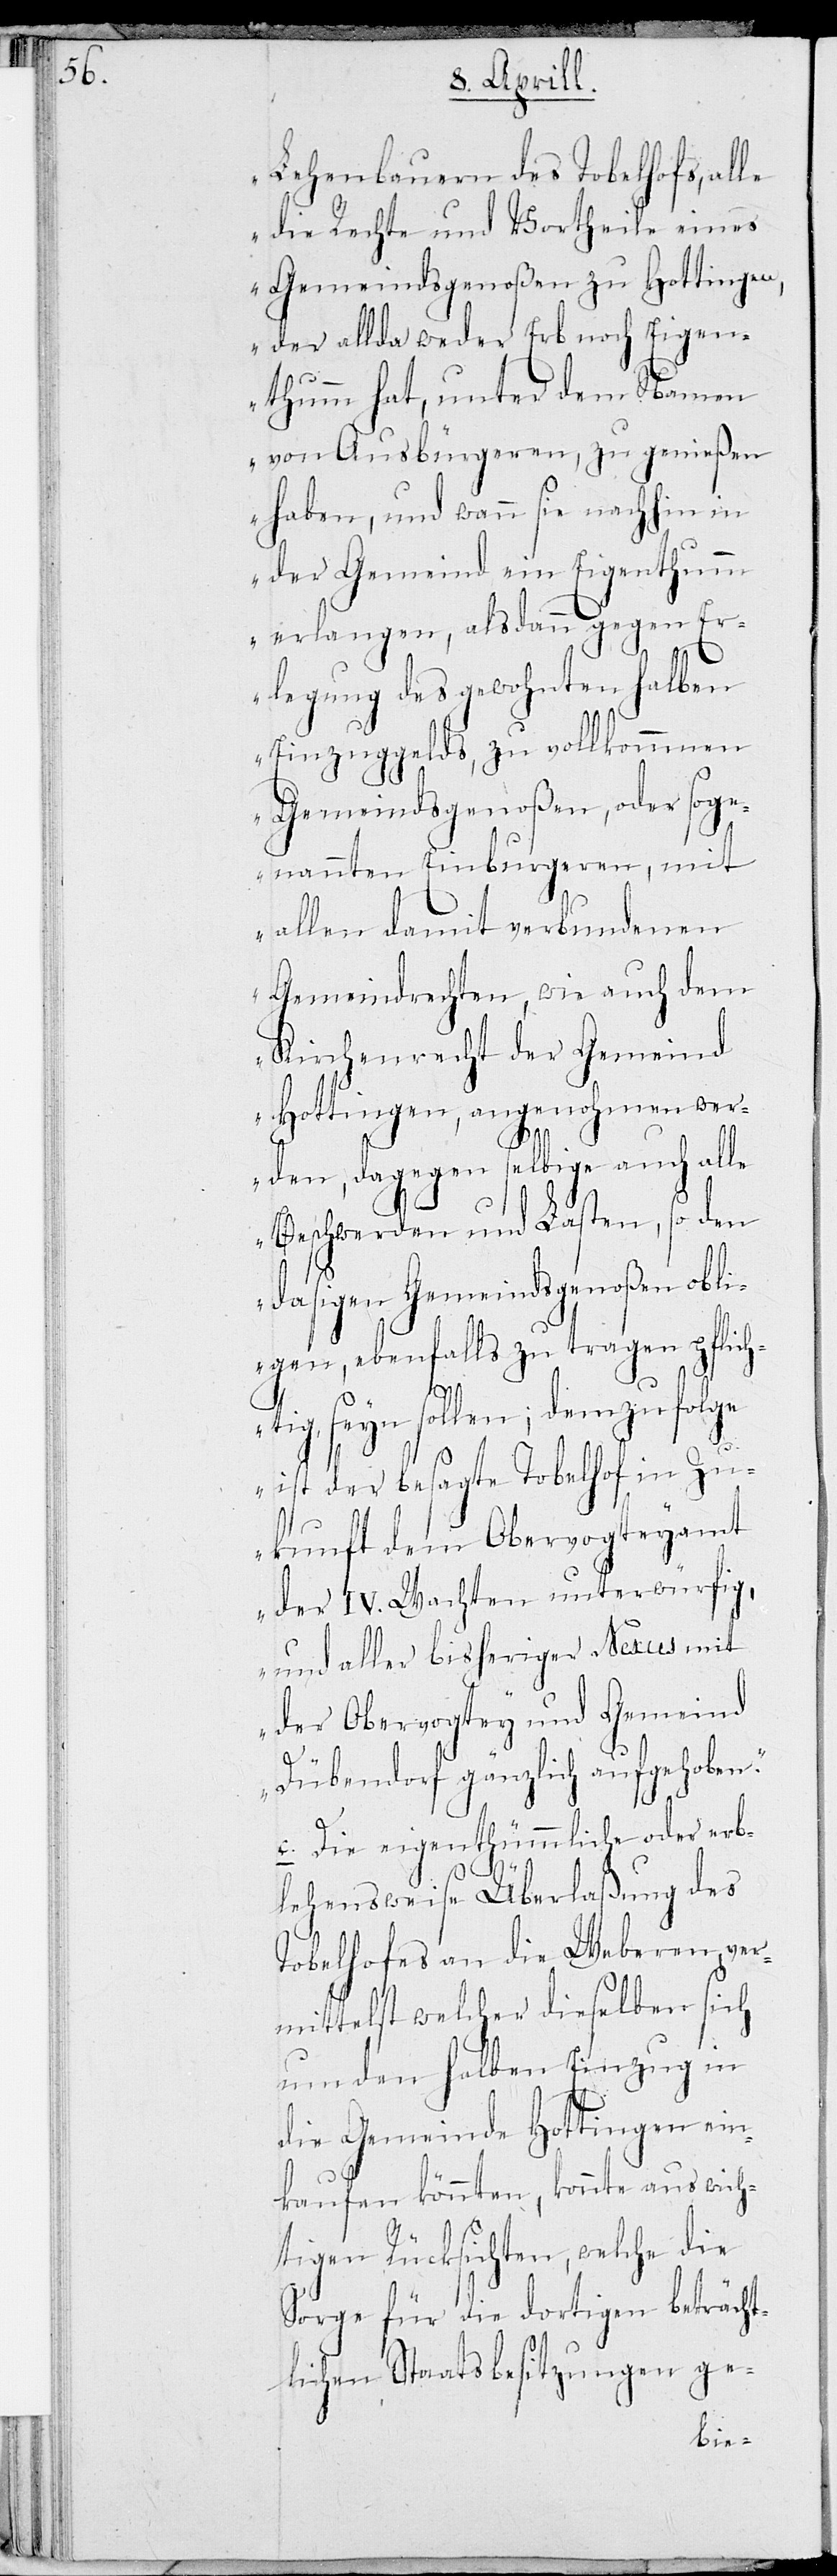
Lehenbauern des Tobelhofs, al¬
le die Rechte und Vortheile eines
Gemeindsgenoßen zu Hottingen,
der allda weder Erb noch Eigen¬
thum hat, unter dem Namen
von Ausbürgeren, zu genießen
haben, und wann sie nachhin in
der Gemeinde ein Eigenthum
erlangen, als dann gegen Er¬
legung des gewohnten halben
Einzugsgelds, zu volkommnen
Gemeindsgenoßen, oder soge¬
nannten Einburgeren, mit
allen damit verbundenen
Gemeindrechten, wie auch dem
Kirchenrecht der Gemeinde
Hottingen, angenohmen wer¬
den, dagegen selbige auch alle
Beschwerden und Lasten, so den
dasigen Gemeindsgenoßen obli¬
gen, ebenfalls zu tragen pflich¬
tig, seyn sollen; demzufolge
ist der besagte Tobelhof in Zu¬
kunft dem Obervogteyamt
der IV. Wachten unterwürfig,
und aller bisherige Nexus mit
der Obervogtey und Gemeind
Dübendorf gänzlich aufgehoben.“
c. Die eigenthümmliche oder erb¬
lehensweise Überlaßung des
Tobelhofes an die Weberen, ver¬
mittelst welcher dieselben sich
um den halben Einzug in
die Gemeinde Hottingen ein¬
kaufen könnten, konnte aus wich¬
tigen Rücksichten, welche die
Sorge für die dortigen beträcht¬
lichen Staatsbesitzungen ge-